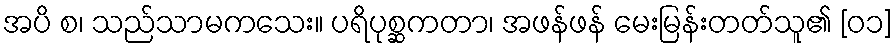
အပိ စ၊ သည်သာမကသေး။ ပရိပုစ္ဆကတာ၊ အဖန်ဖန် မေးမြန်းတတ်သူ၏ [၀၁]